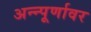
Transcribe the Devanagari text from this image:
अन्न्पूर्णावर